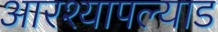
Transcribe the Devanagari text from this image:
आरश्यापल्याड